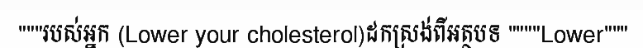
"""របស់អ្នក (Lower your cholesterol)ដកស្រង់ពីអត្ថបទ """"Lower"""